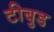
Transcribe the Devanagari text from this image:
टीबुड